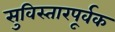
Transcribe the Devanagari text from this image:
सुविस्तारपूर्वक